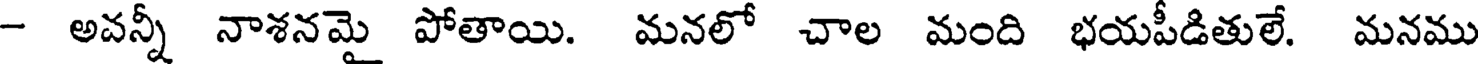
- అవన్నీ నాశనమై పోతాయి. మనలో చాల మంది భయపీడితులే. మనము